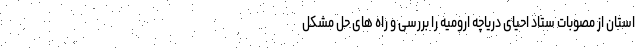
استان از مصوبات ستاد احیای دریاچه ارومیه را بررسی و راه های حل مشکل